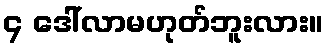
၄ ဒေါ်လာမဟုတ်ဘူးလား။